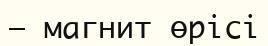
— магнит өрісі